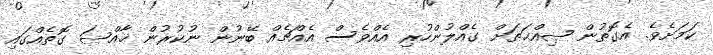
ކަމަށެވެ. އެގޮތުން ޞިއްޙަތަށް ގެއްލުންހުރި އެއްވެސް އެއްޗެއް ބޭނުން ނުކުރުން ޚާއްޞަ ގޮތެއްގައި